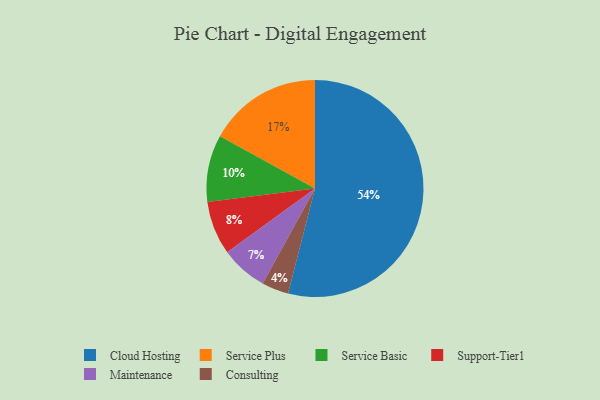
{"axis": {"x": "Category", "y": "Percentage"}, "legend": ["Cloud Hosting", "Consulting", "Maintenance", "Service Basic", "Service Plus", "Support-Tier1"], "data": [{"x": "Support-Tier1", "y": 8, "type": "Support-Tier1"}, {"x": "Service Plus", "y": 17, "type": "Service Plus"}, {"x": "Service Basic", "y": 10, "type": "Service Basic"}, {"x": "Consulting", "y": 4, "type": "Consulting"}, {"x": "Maintenance", "y": 7, "type": "Maintenance"}, {"x": "Cloud Hosting", "y": 54, "type": "Cloud Hosting"}]}